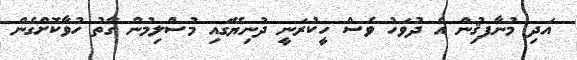
އަދި މުނާފޤިުން އެ ދުވަހު ވެސް ހީކުރަނީ ދުނިޔޭގައި މުސްލިމުން ގާތު ހުވާކޮށްގެން